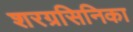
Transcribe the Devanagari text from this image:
शरग्रसिनिका